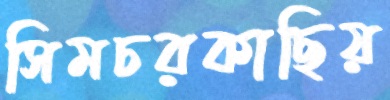
সিমচরকাছিয়